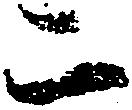
二